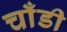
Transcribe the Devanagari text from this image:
चाँडी